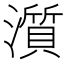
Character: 𤁩